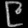
Digit: ၉